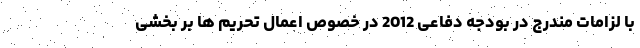
با لزامات مندرج در بودجه دفاعی 2012 در خصوص اعمال تحریم ها بر بخشی